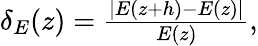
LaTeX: \begin{array}{r}{\delta_{E}(z)=\frac{|E(z+h)-E(z)|}{E(z)},}\end{array}